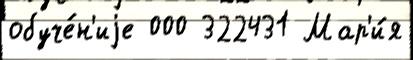
обуче́н'иjе 000 322431 Мар'и́я